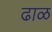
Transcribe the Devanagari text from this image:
ढाळ